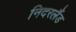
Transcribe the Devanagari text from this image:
निदरलैंड